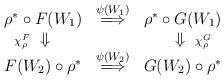
LaTeX: \begin{align*}\begin{array}{ccc}\rho^* \circ F(W_1) & \stackrel{ \psi(W_1) }{ \Longrightarrow }& \rho^* \circ G(W_1) \\\makebox[0pt][r]{ $\scriptstyle{ \chi^F_{\rho} }$ } \Downarrow & &\Downarrow \makebox[0pt][l]{ $\scriptstyle{ \chi^G_{\rho} }$ } \\F(W_2) \circ \rho^* & \stackrel{ \psi(W_2) }{ \Longrightarrow }& G(W_2) \circ \rho^* \end{array}\end{align*}